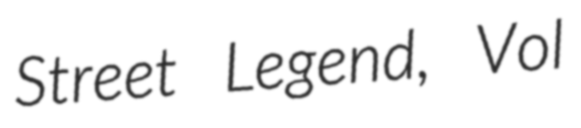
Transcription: Street Legend, Vol